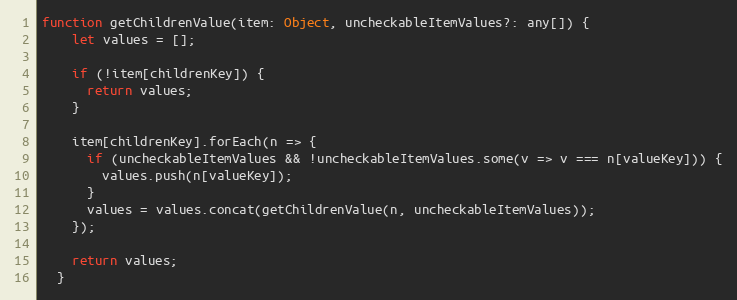
Language: JavaScript
function getChildrenValue(item: Object, uncheckableItemValues?: any[]) {
    let values = [];

    if (!item[childrenKey]) {
      return values;
    }

    item[childrenKey].forEach(n => {
      if (uncheckableItemValues && !uncheckableItemValues.some(v => v === n[valueKey])) {
        values.push(n[valueKey]);
      }
      values = values.concat(getChildrenValue(n, uncheckableItemValues));
    });

    return values;
  }